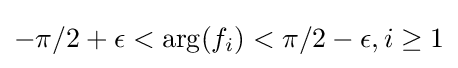
-\pi /2+\epsilon <\arg(f_{i})<\pi /2-\epsilon ,i\geq 1